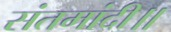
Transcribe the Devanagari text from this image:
संतमांदी॥